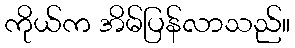
ကိုယ်က အိမ်ပြန်လာသည်။